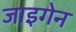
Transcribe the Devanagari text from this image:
जाइगेन